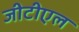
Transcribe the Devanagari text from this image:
जीटीएल